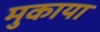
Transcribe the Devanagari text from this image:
मुकाया